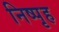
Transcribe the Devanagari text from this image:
निष्पृह